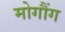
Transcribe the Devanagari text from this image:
मोगौंग